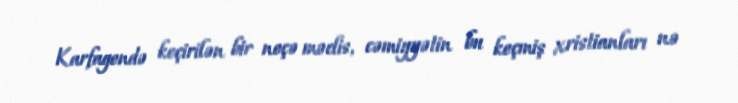
Karfagendə keçirilən bir neçə məclis, cəmiyyətin bu keçmiş xristianları nə